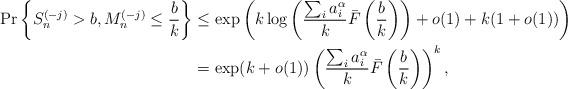
LaTeX: \begin{align*} \Pr \left\{ S_n^{(-j)} > b, M_n^{(-j)} \leq \frac{b}{k}\right\} &\leq \exp \left( k\log \left( \frac{\sum_i a_i^\alpha}{k} \bar{F} \left( \frac{b}{k}\right)\right) + o(1) + k (1+o(1)) \right)\\ &= \exp(k+o(1)) \left( \frac{\sum_i a_i^\alpha}{k} \bar{F}\left(\frac{b}{k}\right)\right)^k,\end{align*}